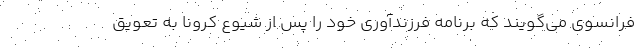
فرانسوی می‌گویند که برنامه فرزندآوری خود را پس از شیوع کرونا به تعویق